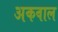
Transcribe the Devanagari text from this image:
अकवाल